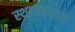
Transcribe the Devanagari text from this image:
स्थानप्रधान